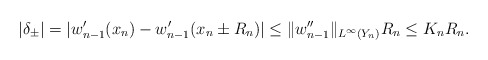
\begin{align*}|\delta_{\pm}| = |w_{n-1}'(x_n) - w_{n-1}'(x_n \pm R_n)| \leq \|w_{n-1}''\|_{L^{\infty}(Y_n)} R_n \leq K_n R_n. \end{align*}